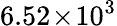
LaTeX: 6.52\! \times\! 10^{3}